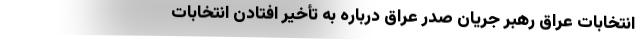
انتخابات عراق رهبر جریان صدر عراق درباره به تأخیر افتادن انتخابات